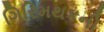
ગિરિમથકની